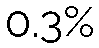
0.3%